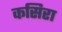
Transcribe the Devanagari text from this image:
कसिरा